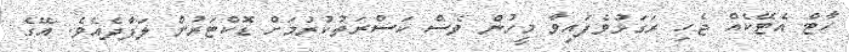
ހާޓް އެޓޭކެއް ޖެހި ރަގަޅުވެފައިވާ މީހުން ވެސް ކަސްރަތުކުރުމަށް ޑޮކްޓަރުން ލަފާދެއެވެ. އޭގެ